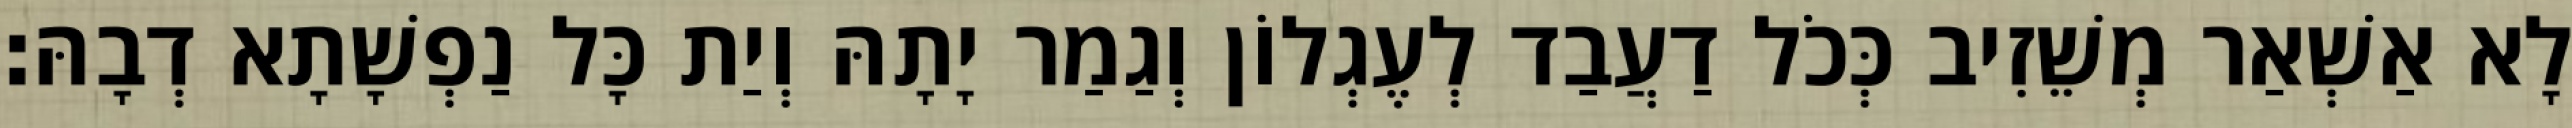
לָא אַשְׁאַר מְשֵׁזִיב כְּכֹל דַעֲבַד לְעֶגְלוֹן וְגַמַר יָתָהּ וְיַת כָּל נַפְשָׁתָא דְבָהּ׃